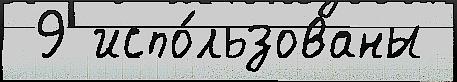
 9 испо́льзованы